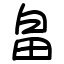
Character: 畠